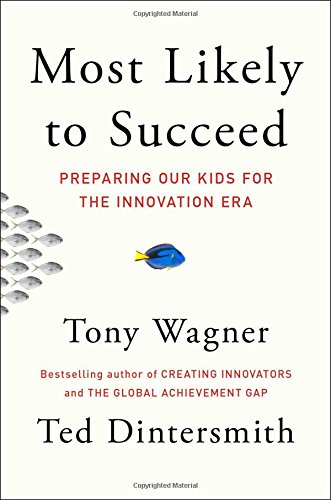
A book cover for Most Likely to Succeed: Preparing Our Kids for the Innovation Era; Tony Wagner; Education & Teaching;